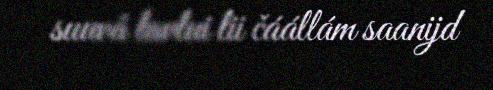
suuvâ lavlui lii čáállám saanijd